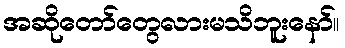
အဆိုတော်တွေလားမသိဘူးနော်။